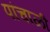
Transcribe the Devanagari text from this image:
पांचाळी